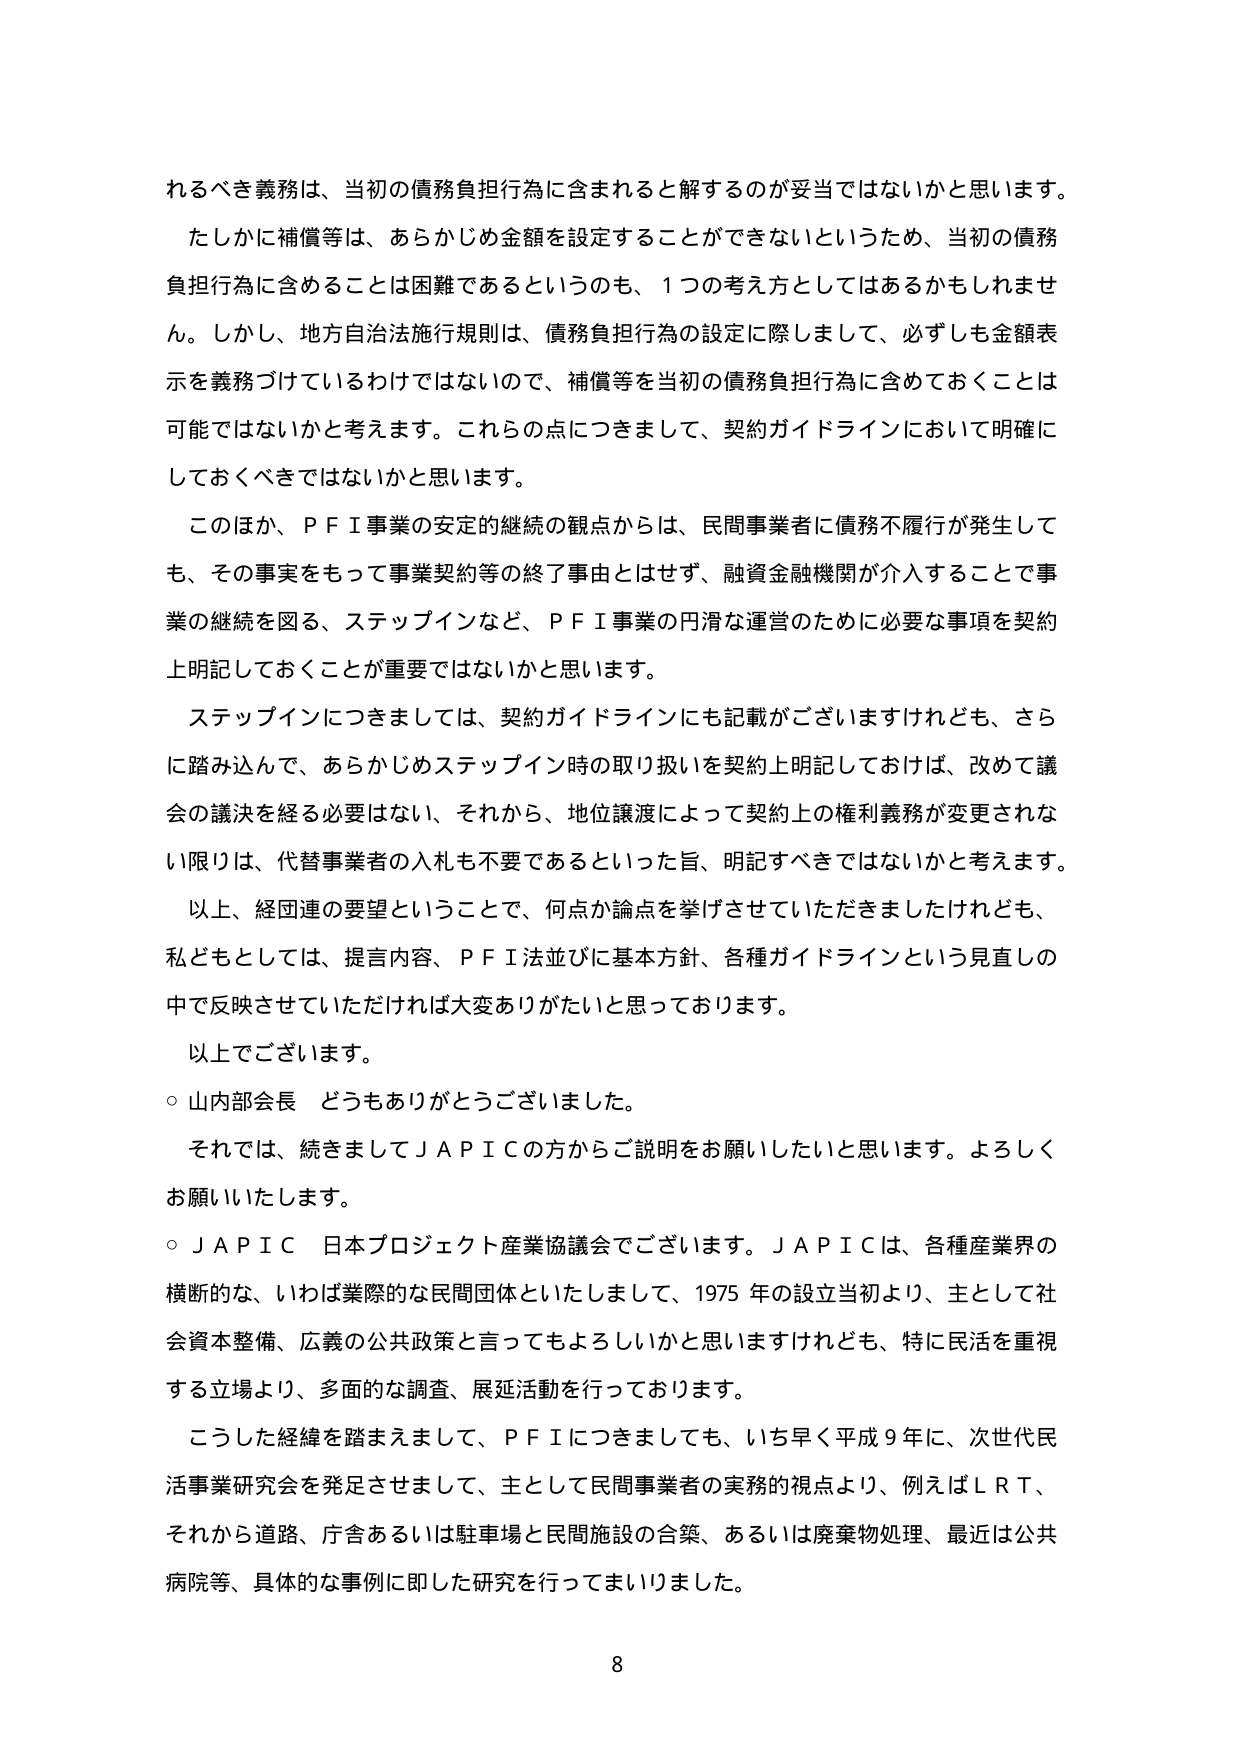
れるべき義務は、当初の債務負担行為に含まれると解するのが妥当ではないかと思います。

たしかに補償等は、あらかじめ金額を設定することができないというため、当初の債務負担行為に含めることは困難であるというのも、1つの考え方としてはあるかもしれません。しかし、地方自治法施行規則は、債務負担行為の設定に際しまして、必ずしも金額表示を義務づけているわけではないので、補償等を当初の債務負担行為に含めておくことは可能ではないかと考えます。これらの点につきまして、契約ガイドラインにおいて明確にしておくべきではないかと思います。

このほか、ＰＦＩ事業の安定的継続の観点からは、民間事業者に債務不履行が発生しても、その事実をもって事業契約等の終了事由とはせず、融資金融機関が介入することで事業の継続を図る、ステップインなど、ＰＦＩ事業の円滑な運営のために必要な事項を契約上明記しておくことが重要ではないかと思います。

ステップインにつきましては、契約ガイドラインにも記載がございますけれども、さらに踏み込んで、あらかじめステップイン時の取り扱いを契約上明記しておけば、改めて議会の議決を経る必要はない、それから、地位譲渡によって契約上の権利義務が変更されない限りは、代替事業者の入札も不要であるといった旨、明記すべきではないかと考えます。

以上、経団連の要望ということで、何点か論点を挙げさせていただきましたけれども、私どもとしては、提言内容、ＰＦＩ法並びに基本方針、各種ガイドラインという見直しの中で反映させていただければ大変ありがたいと思っております。

以上でございます。

○ 山内部会長 どうもありがとうございました。

それでは、続きましてＪＡＰＩＣの方からご説明をお願いしたいと思います。よろしくお願いいたします。

○ ＪＡＰＩＣ 日本プロジェクト産業協議会でございます。ＪＡＰＩＣは、各種産業界の横断的な、いわば業際的な民間団体といたしまして、1975年の設立当初より、主として社会資本整備、広義の公共政策と言ってもよろしいかと思いますけれども、特に民活を重視する立場より、多面的な調査、展延活動を行っております。

こうした経緯を踏まえまして、ＰＦＩにつきましても、いち早く平成9年に、次世代民活事業研究会を発足させまして、主として民間事業者の実務的視点より、例えばＬＲＴ、それから道路、庁舎あるいは駐車場と民間施設の合築、あるいは廃棄物処理、最近は公共病院等、具体的な事例に即した研究を行ってまいりました。

8